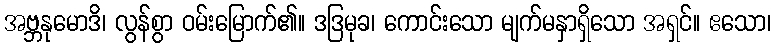
အဗ္ဘနုမောဒိ၊ လွန်စွာ ဝမ်းမြောက်၏။ ဒဒြမုခ၊ ကောင်းသော မျက်မနှာရှိသော အရှင်။ ဧသော၊